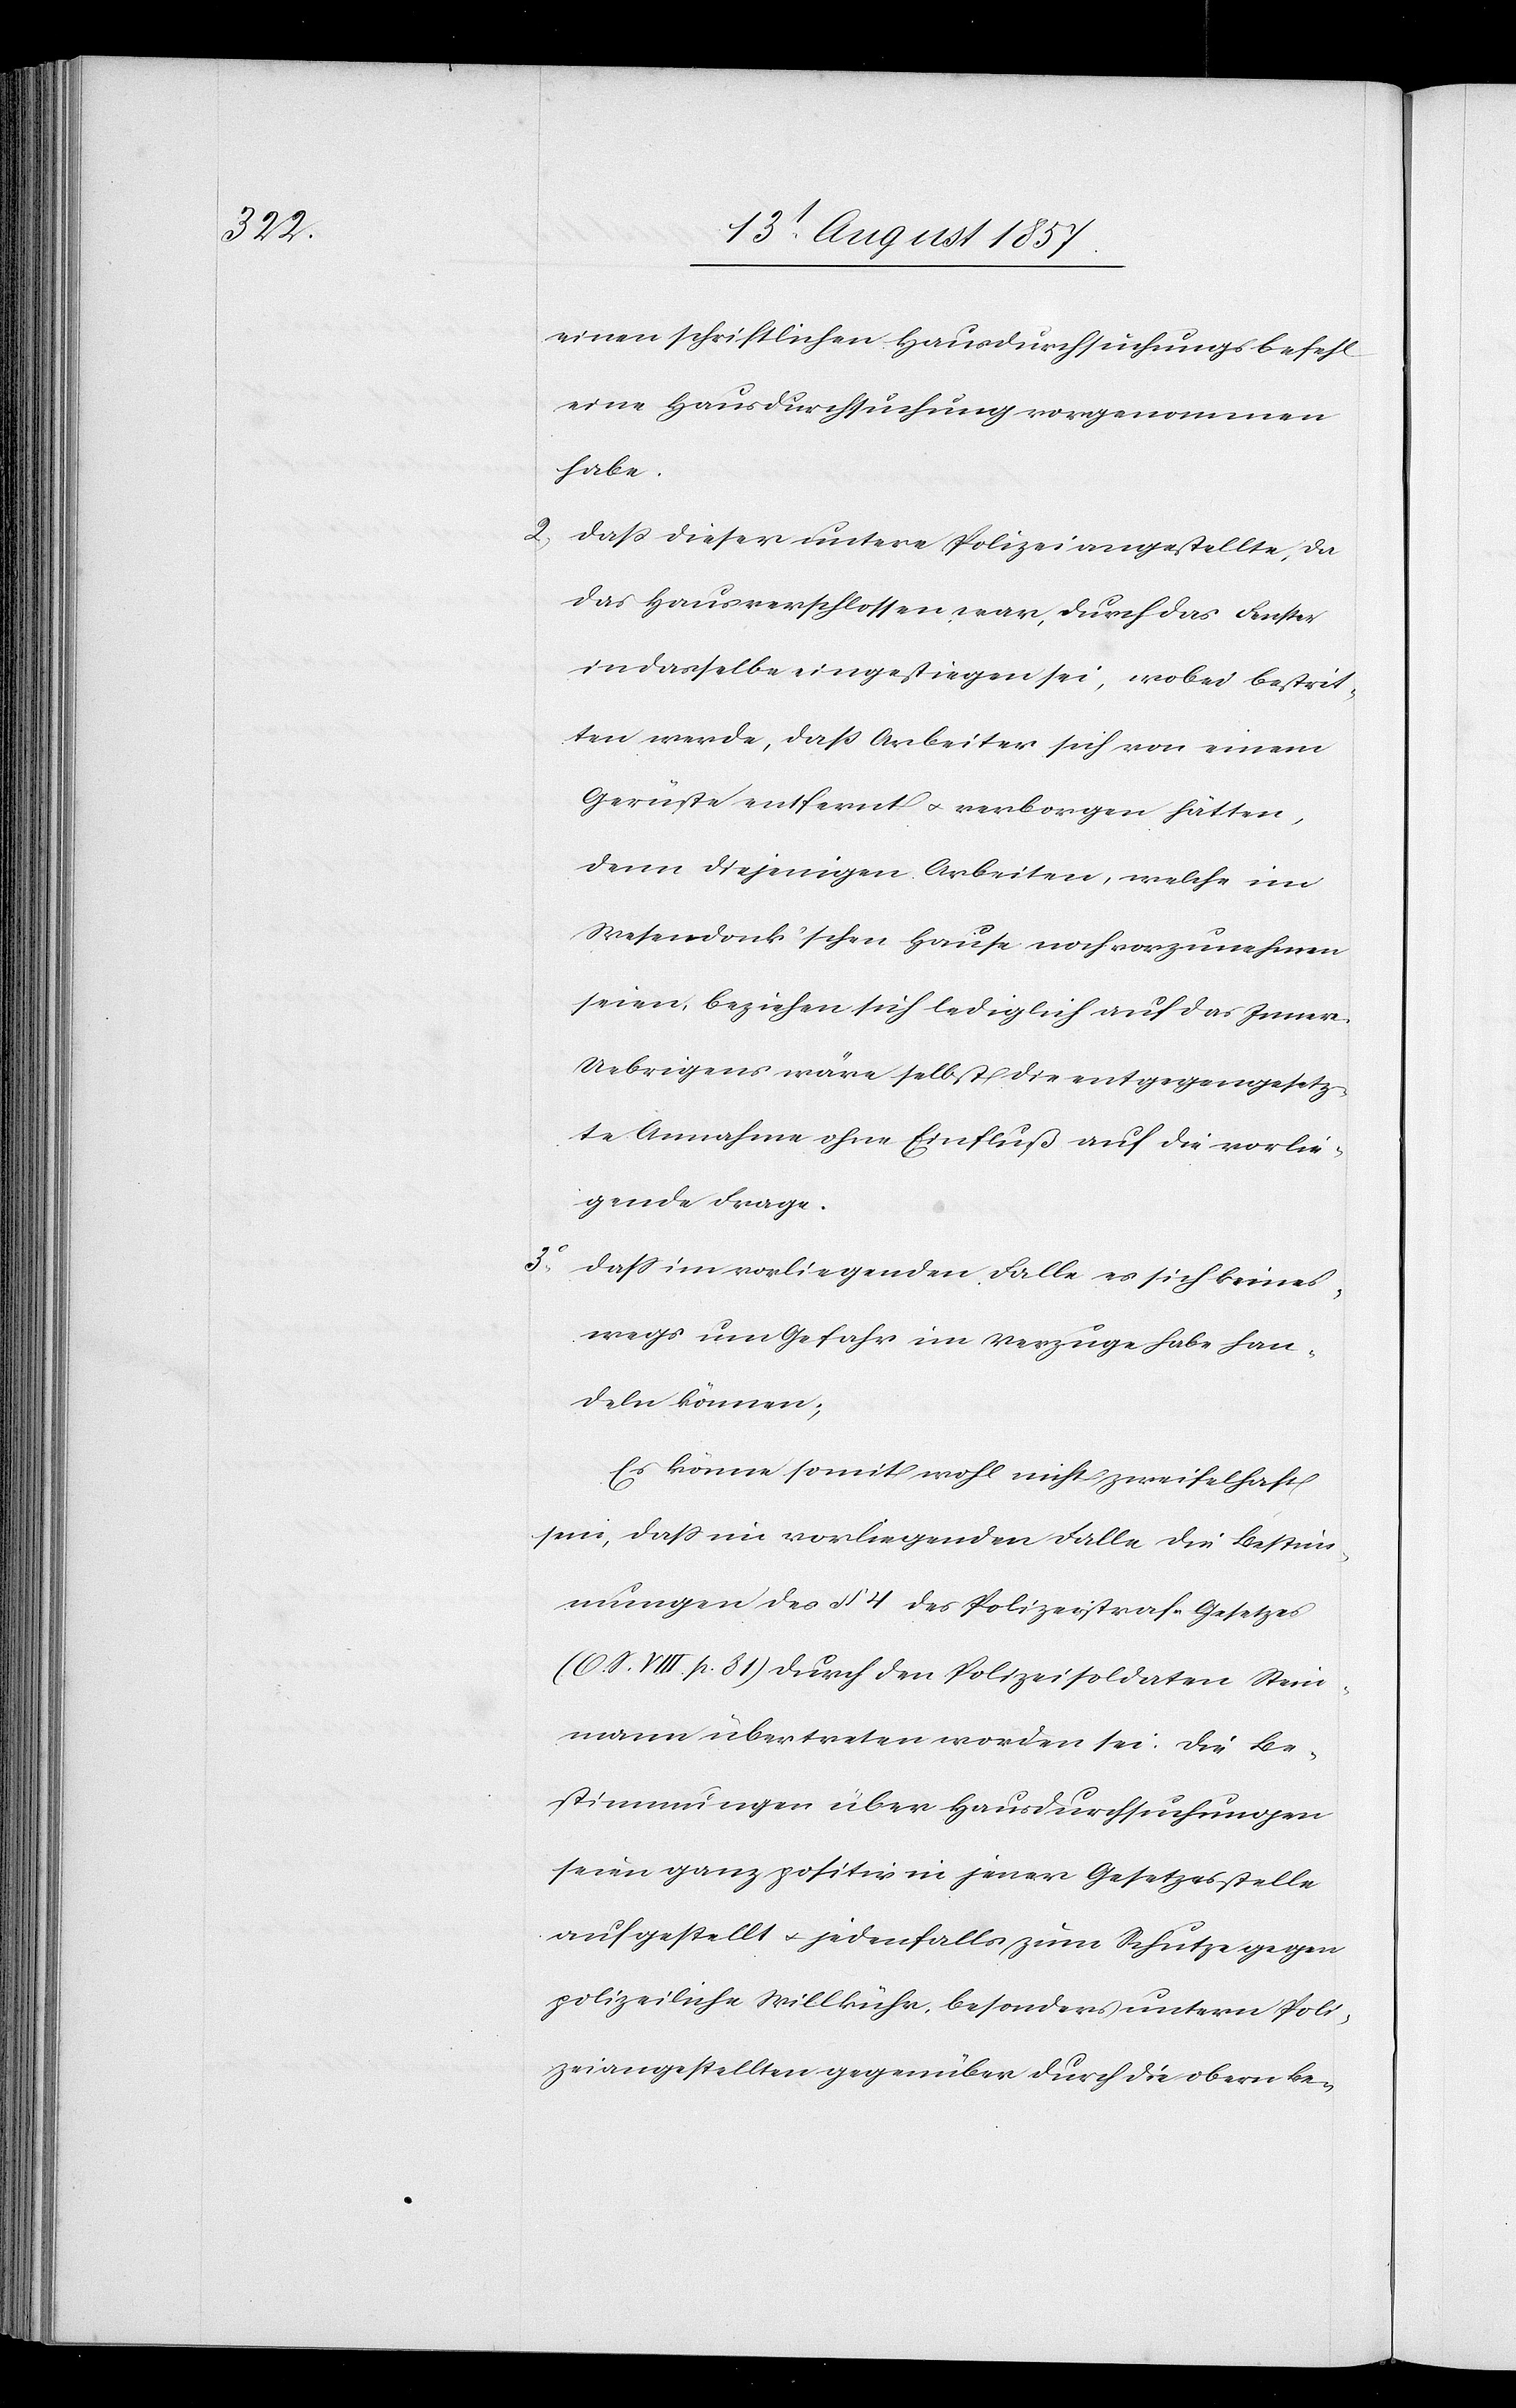
eine Hausdurchsuchung vorgenommen
habe.
2. daß dieser untere Polizeiangestellte, da
das Haus verschlossen war, durch das Fenster
in dasselbe eingestiegen sei, wobei bestrit¬
ten werde, daß Arbeiter sich von einem
Gerüste entfernt & verborgen hätten,
denn diejenigen Arbeiten, welche im
Wesendonk’schen Hause noch vorzunehmen
seien beziehen sich lediglich auf das Innere.
Uebrigens wäre selbst die entgegengesetz¬
te Annahme ohne Einfluß auf die vorlie¬
gende Frage.
3. daß im vorliegenden Falle es sich keines¬
wegs um Gefahr im Verzuge habe han¬
deln können;
Es könne somit wohl nicht zweifelhaft
sein, daß im vorliegenden Falle die Bestim¬
mungen des § 4 des Polizeistraf-Gesetzes
(O. S. VIII. p. 81) durch den Polizeisoldaten Stein¬
mann übertreten worden sei. Die Be¬
stimmungen über Hausdurchsuchungen
seien ganz positiv in jener Gesetzesstelle
aufgestellt & jedenfalls zum Schutze gegen
polizeiliche Willkühr, besonders untern Poli¬
zeiangestellten gegenüber durch die obern Be-